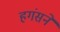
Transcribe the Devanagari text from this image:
हगंसने